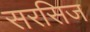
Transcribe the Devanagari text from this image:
सरसिज